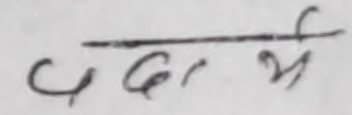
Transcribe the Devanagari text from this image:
पर्छ